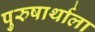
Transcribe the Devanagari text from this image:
पुरुषार्थाला